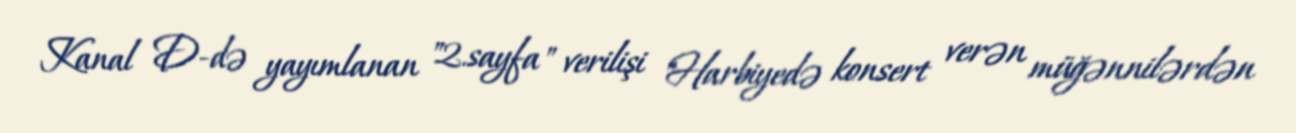
Kanal D-də yayımlanan "2.sayfa" verilişi "Harbiyedə konsert verən müğənnilərdən